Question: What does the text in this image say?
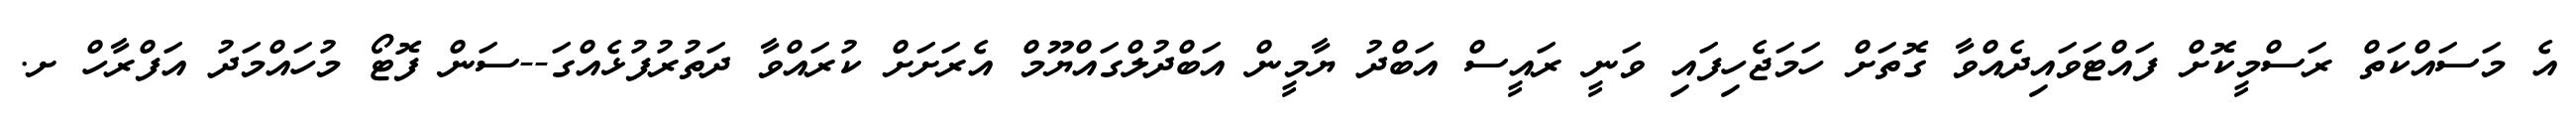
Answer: އެ މަސައްކަތް ރަސްމީކޮށް ފައްޓަވައިދެއްވާ ގޮތަށް ހަމަޖެހިފައި ވަނީ ރައީސް އަބްދު ޔާމީން އަބްދުލްގައްޔޫމް އެރަށަށް ކުރައްވާ ދަތުރުފުޅެއްގަ--ސަން ފޮޓޯ މުހައްމަދު އަފްރާހް ށ.